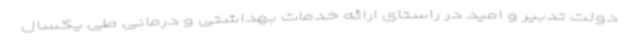
دولت تدبیر و امید در راستای ارائه خدمات بهداشتی و درمانی طی یکسال